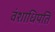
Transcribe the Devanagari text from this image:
वंशाधिपति